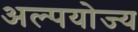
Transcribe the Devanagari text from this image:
अल्पयोज्य